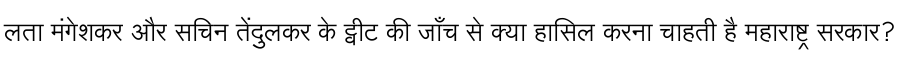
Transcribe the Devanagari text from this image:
लता मंगेशकर और सचिन तेंदुलकर के ट्वीट की जाँच से क्या हासिल करना चाहती है महाराष्ट्र सरकार?